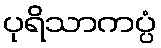
ပုရိသာကပ္ပံ